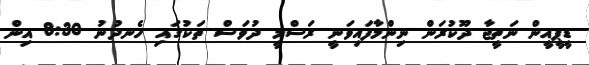
ޑީޕީއީން ނަތީޖާ ދޫކުރަން ނިންމާފައިވަނީ ރަސްމީ ދުވަސް ތަކުގައި ހެނދުނު 8:30 އިން